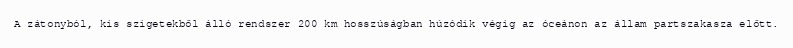
A zátonyból, kis szigetekből álló rendszer 200 km hosszúságban húzódik végig az óceánon az állam partszakasza előtt.